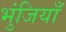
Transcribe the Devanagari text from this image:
भुंजियाँ